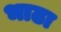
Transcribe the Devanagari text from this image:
भाढा